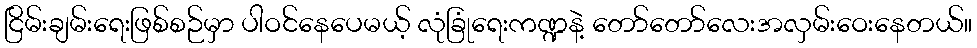
ငြိမ်းချမ်းရေးဖြစ်စဉ်မှာ ပါဝင်နေပေမယ့် လုံခြုံရေးကဏ္ဍနဲ့ တော်တော်လေးအလှမ်းဝေးနေတယ်။